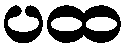
ပထ